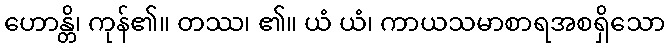
ဟောန္တိ၊ ကုန်၏။ တဿ၊ ၏။ ယံ ယံ၊ ကာယသမာစာရအစရှိသော